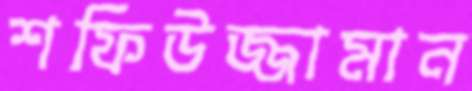
শফিউজ্জামান